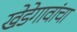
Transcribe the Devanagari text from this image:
खेडेगावांचा